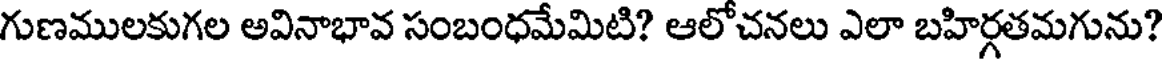
గుణములకుగల అవినాభావ సంబంధమేమిటి? ఆలోచనలు ఎలా బహిర్గతమగును?